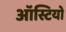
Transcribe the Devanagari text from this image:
ऑस्टियो